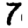
Digit: 7